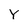
Character: Y